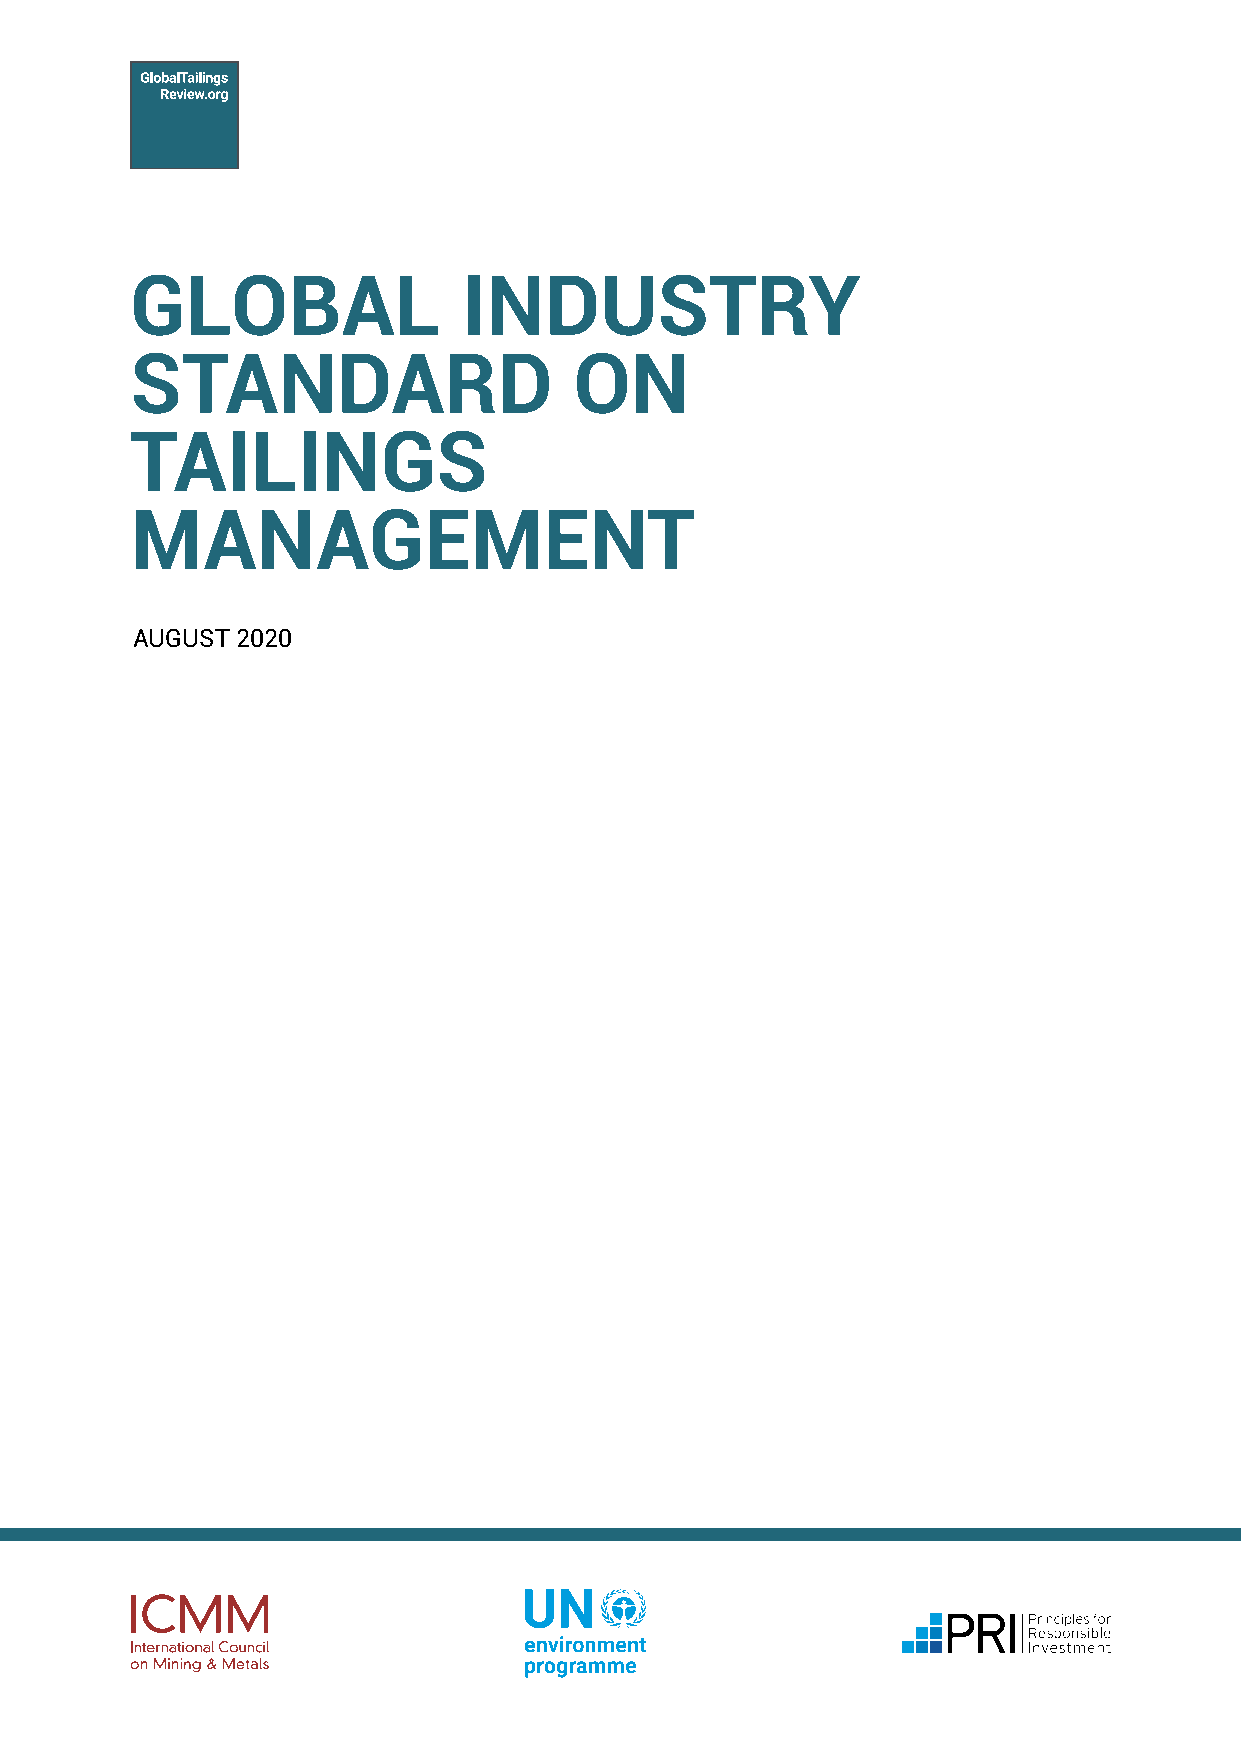
GLOBAL                INDUSTRY
 STANDARD                     ON
 TAILINGS
 MANAGEMENT
 AUGUST 2020